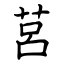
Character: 莒